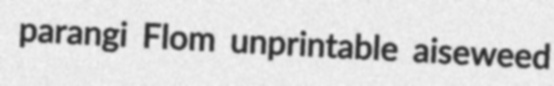
parangi Flom unprintable aiseweed